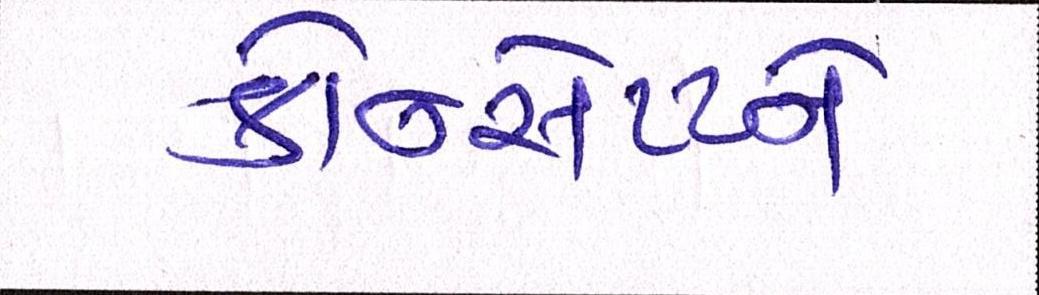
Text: કોન્સેપ્ટને